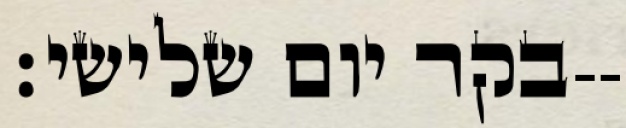
בקר יום שלישי׃--